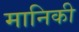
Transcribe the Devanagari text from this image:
मानिकी